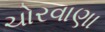
ચોરવાણા